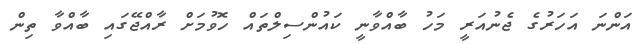
އަންނަ އަހަރުގެ ޖެނުއަރީ މަހު ބާއްވާނީ ކައުންސިލްތައް ހޮވުމަށް ރާއްޖޭގައި ބާއްވާ ތިން